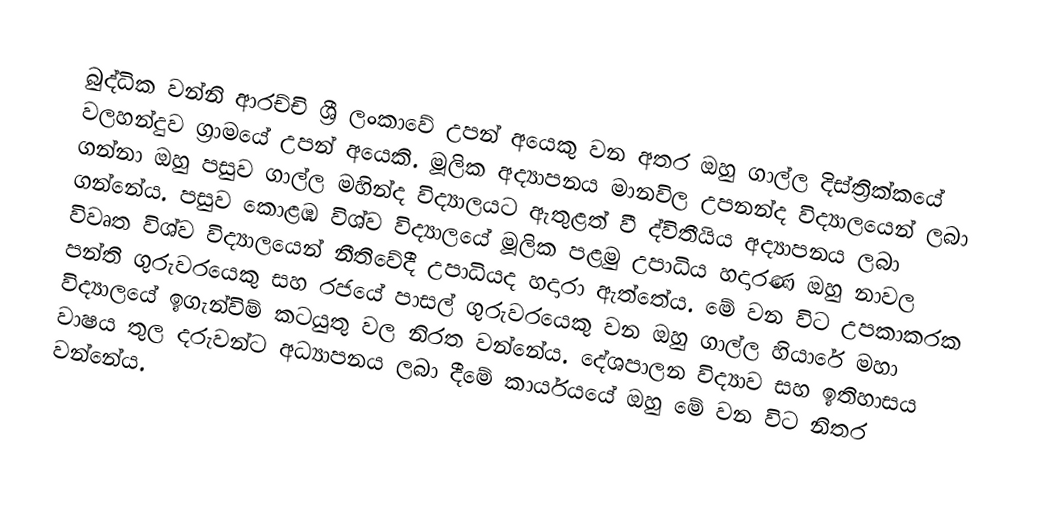
බුද්ධික වන්නි ආරච්චි ශ්‍රී ලංකාවේ උපන් අයෙකු වන අතර ඔහු ගාල්ල දිස්ත්‍රික්කයේ වලහන්දුව ග්‍රාමයේ උපන් අයෙකි. මූලික අද්‍යාපනය මානවිල උපනන්ද විද්‍යාලයෙන් ලබා ගන්නා ඔහු පසුව ගාල්ල මහින්ද විද්‍යාලයට ඇතුළත් වී ද්විතීයිය අද්‍යාපනය ලබා ගන්නේය. පසුව කොළඹ විශ්ව විද්‍යාලයේ මූලික පළමු උපාධිය හදාරණ ඔහු නාවල විවෘත විශ්ව විද්‍යාලයෙන් නීතිවේදී උපාධියද හදාරා ඇත්තේය. මේ වන විට උපකාකරක පන්ති ගුරුවරයෙකු සහ රජයේ පාසල් ගුරුවරයෙකු වන ඔහු ගාල්ල හියාරේ මහා විද්‍යාලයේ ඉගැන්විම් කටයුතු වල නිරත වන්නේය. දේශපාලන විද්‍යාව සහ ඉතිහාසය වාෂය තුල දරුවන්ට අධ්‍යාපනය ලබා දීමේ කාර්යයයේ ඔහු මේ වන විට නිතර වන්නේය.